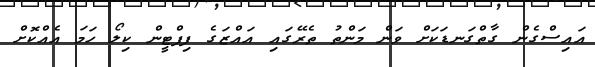
އައިސްގެން ގާތްގަނޑަކަށް ވަން މަންތު ތެރޭގައި އައްޒަގެ ފިފްޓީން ކިލޯ ހަމަ އެއްކޮށް